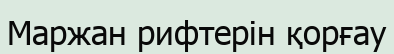
Маржан рифтерін қорғау